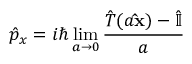
{ \hat { p } } _ { x } = i \hbar \operatorname* { l i m } _ { a \rightarrow 0 } { \frac { { \hat { T } } ( a \mathbf { \hat { x } } ) - { \hat { \mathbb { I } } } } { a } }